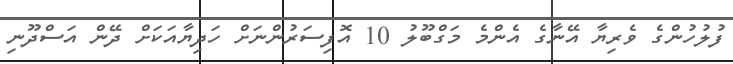
ފުލުހުންގެ ވެރިޔާ އޭނާގެ އެންމެ މަގްބޫލު 10 އޮފިސަރުންނަށް ހަދިޔާއަކަށް ދޭން އަސްދޫނި